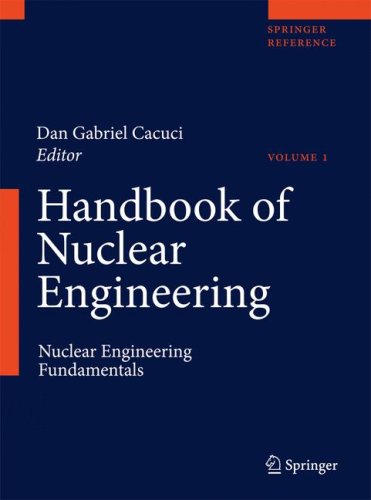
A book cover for Handbook of Nuclear Engineering (5 Vol set); Science & Math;